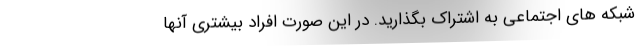
شبکه های اجتماعی به اشتراک بگذارید. در این صورت افراد بیشتری آنها